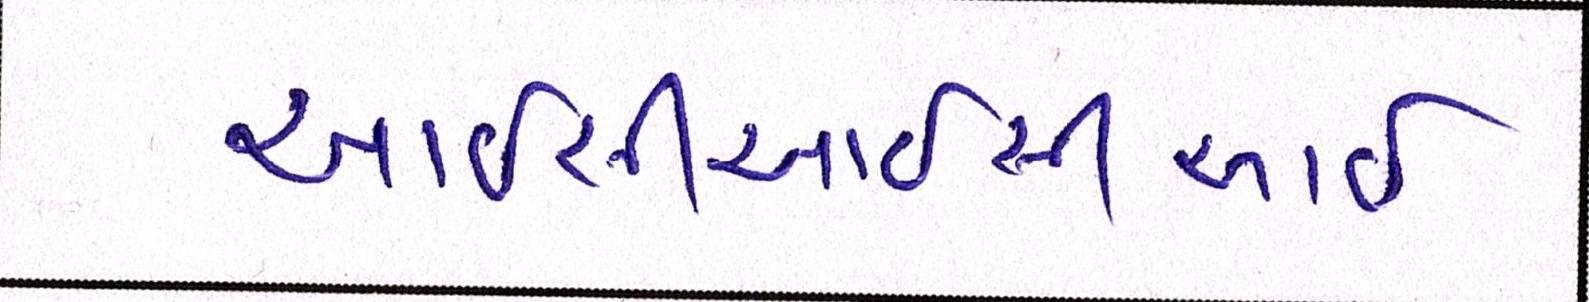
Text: આઇસીઆઇસીઆઇ